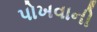
પોખવાની